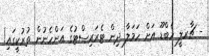
- ޗާރލީ ހެބްޑޫ އަށް ހަމަލާ ދިން ޓެރަރިސްޓުގެ އަންހެނުން ތުރުކީގައި!